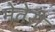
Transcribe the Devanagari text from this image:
मेंतेरी